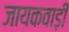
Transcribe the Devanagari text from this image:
जायकवाड़ी